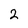
Character: 2